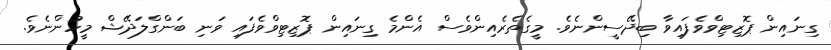
ގިނައިން ޕޮޒިޓިވްވެފައިވާ ބިދޭސީންނެވެ. މީގެތެރެއިންވެސް އެންމެ ގިނައިން ޕޮޒިޓިވްވެފައި ވަނި ބަންގްލަދޭޝް މީހުންނެވެ.